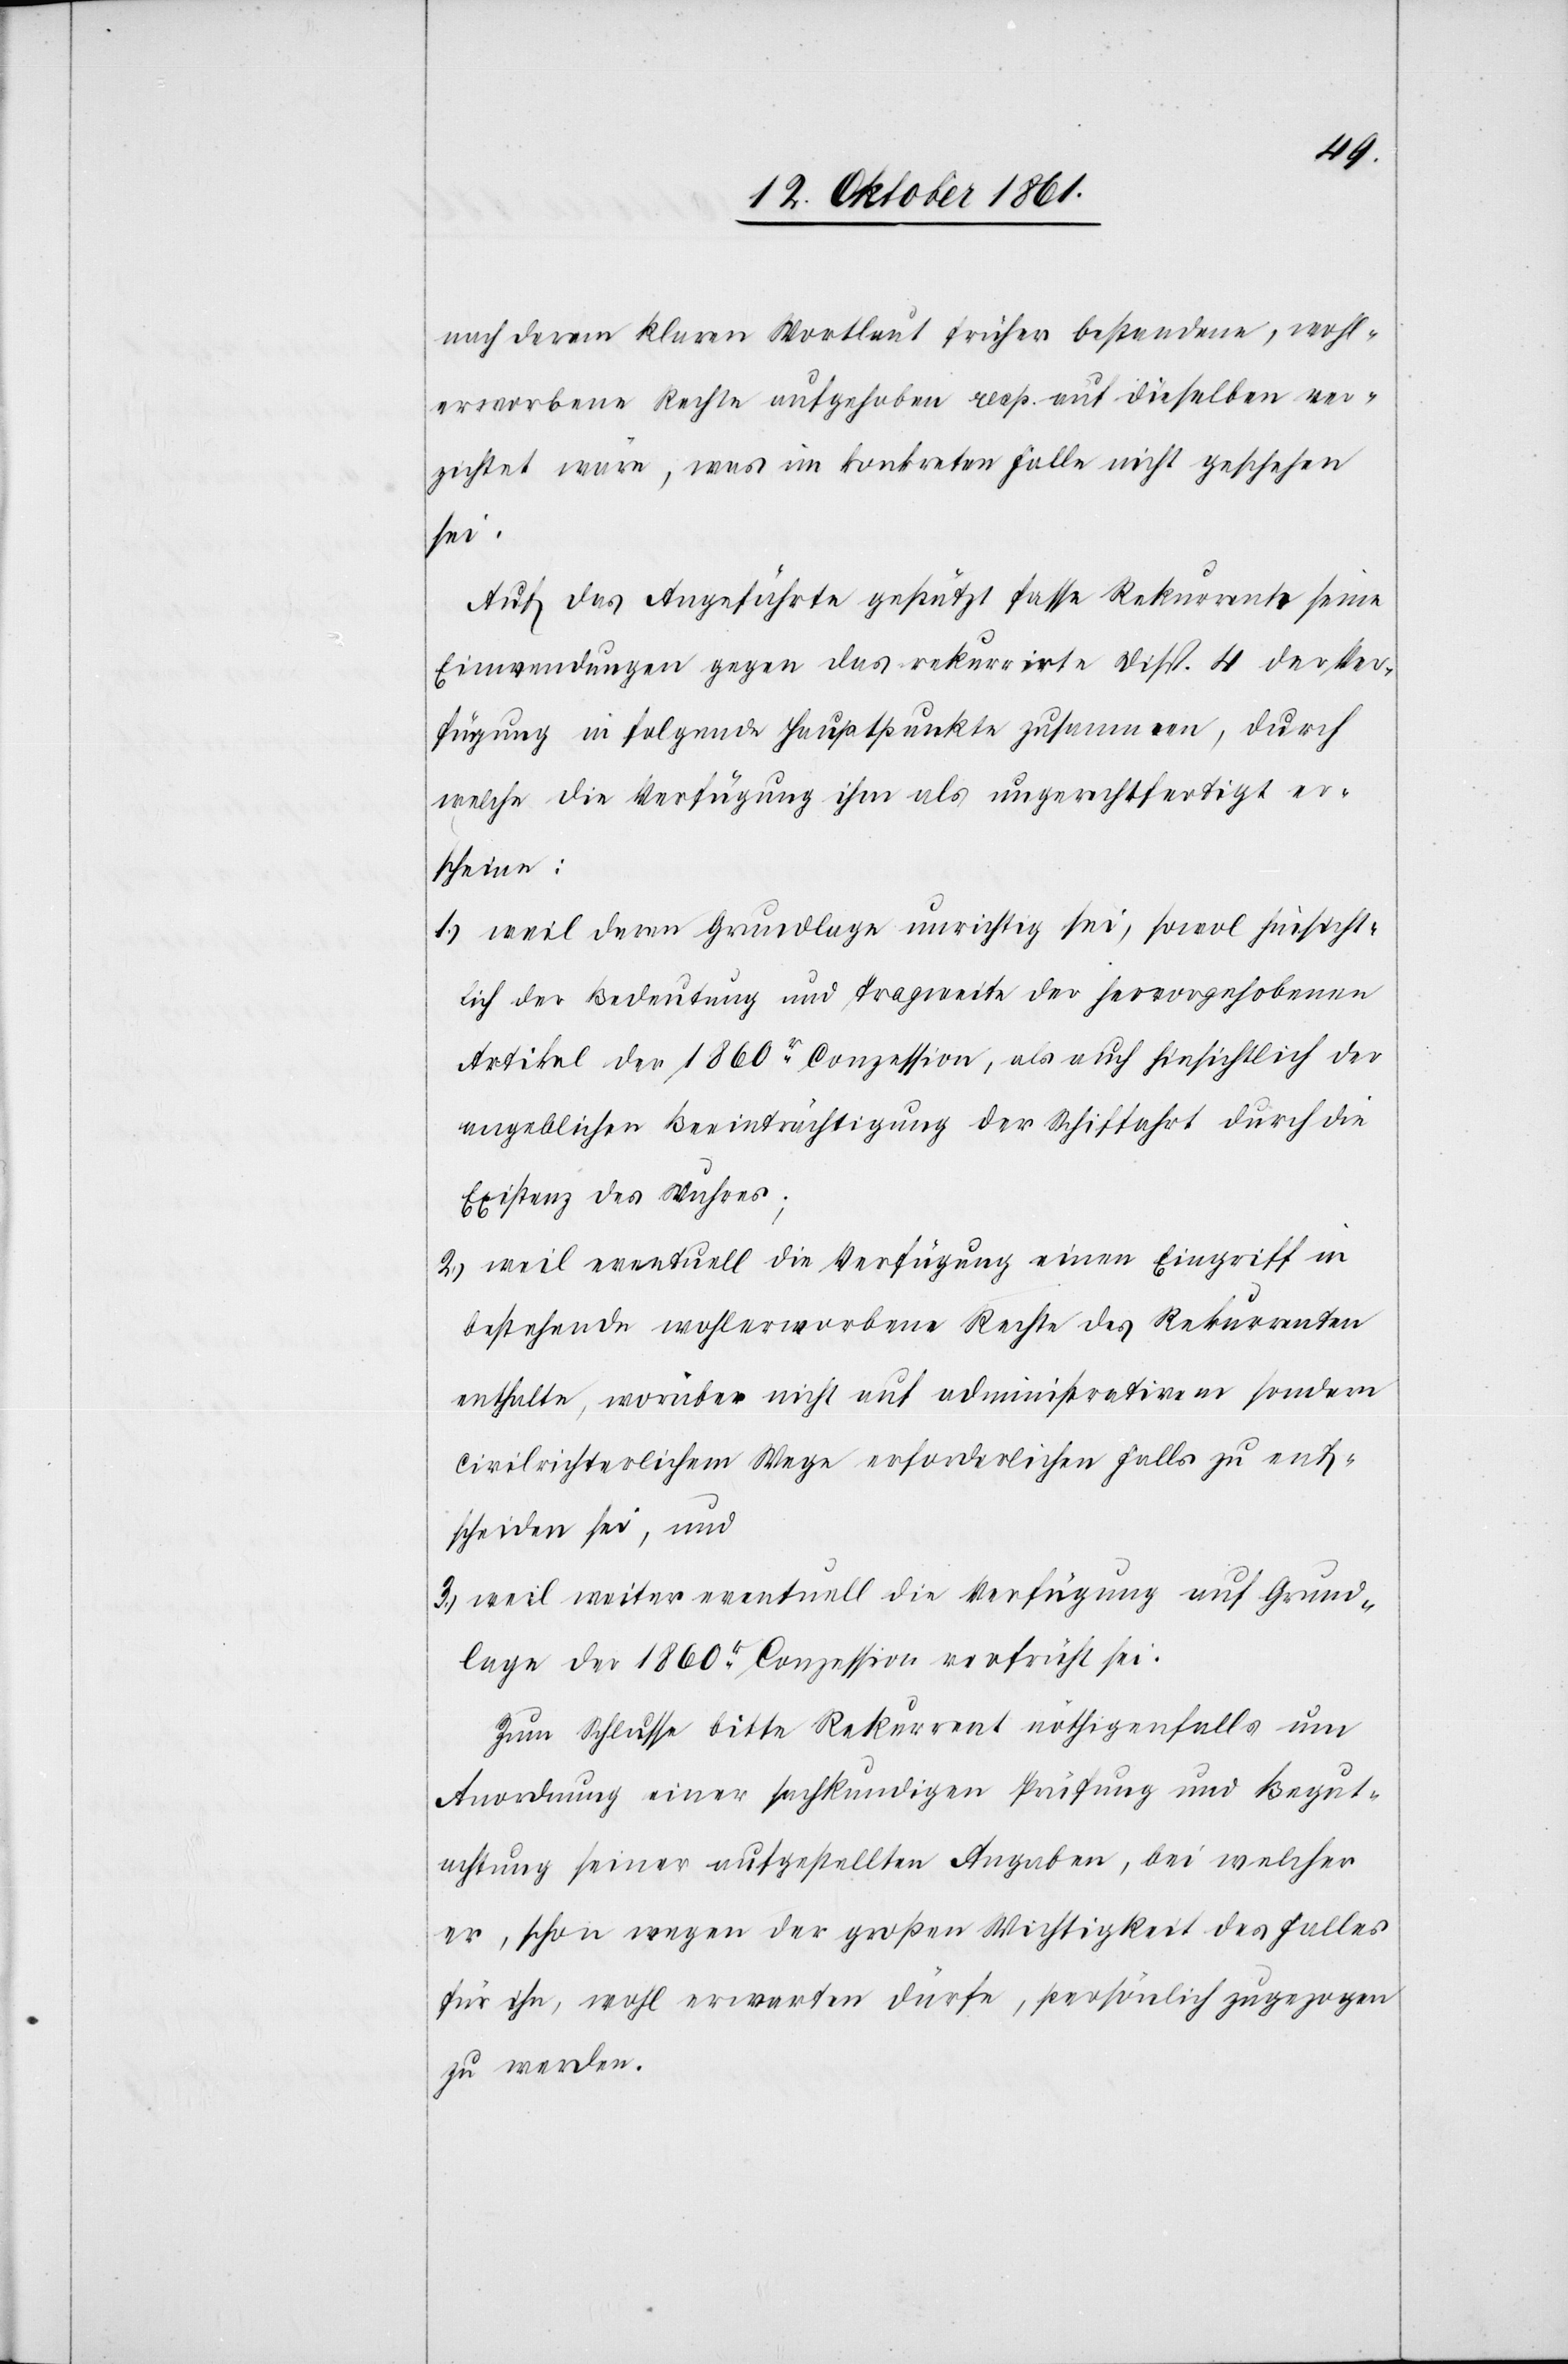
nach deren klaren Vortheil früher bestandene, wohl¬
erworbene Rechte aufgehoben resp. auf dieselben ver¬
zichtet wäre, was im konkreten Falle nicht geschehen
sei.
Auf das Angeführte gestützt fasse Rekurrent seine
Einwendungen gegen das rekurrirte Disp. 4 der Ver¬
fügung in folgende Hauptpunkte zusammen, durch
welche die Verfügung ihm als ungerechtfertigt er¬
scheine:
1.) weil deren Grundlage unrichtig sei, sowol hinsicht¬
lich der Bedeutung und Tragweite der hervorgehobenen
Artikel der 1860r Conzession, als auch hinsichtlich der
angeblichen Beeinträchtigung der Schiffahrt durch die
Existenz des Wuhres;
2.) weil eventuell die Verfügung einen Eingriff in
bestehende wohlerworbene Rechte des Rekurrenten
enthalte, worüber nicht auf administrativem sondern
civilrichterlichem Wege erforderlichen Falls zu ent¬
scheiden sei, und
3.) weil weiter eventuell die Verfügung auf Grund¬
lage der 1860r Conzession verfrüht sei.
Zum Schlusse bitte Rekurrent nöthigenfalls um
Anordnung einer sachkundigen Prüfung und Begut¬
achtung seiner aufgestellten Angaben, bei welcher
er, schon wegen der großen Wichtigkeit des Falles
für ihn, wohl erwarten dürfe, persönlich zugezogen
zu werden.